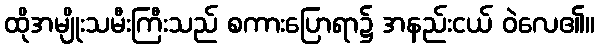
ထိုအမျိုးသမီးကြီးသည် စကားပြောရာ၌ အနည်းငယ် ဝဲလေ၏။